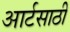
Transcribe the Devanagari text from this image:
आर्टसाठी